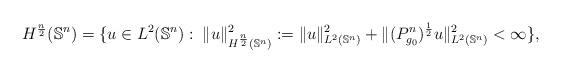
LaTeX: \begin{align*}H^{\frac{n}{2}}(\mathbb{S}^n)=\{u\in L^{2}(\mathbb{S}^n): \; \|u\|_{H^{\frac{n}{2}}(\mathbb{S}^n)}^2:=\|u\|_{L^{2}(\mathbb{S}^n)}^2+\|(P_{g_0}^n)^{\frac{1}{2}}u \|_{L^{2}(\mathbb{S}^n)}^2<\infty\},\end{align*}